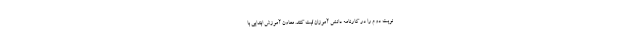
نوبت دوم را در کارنامه دانش آموزان ثبت کنند. معاون آموزش ابتدایی با